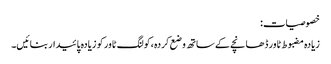
خصوصیات:
زیادہ مضبوط ٹاور ڈھانچے کے ساتھ وضع کردہ ،کولنگ ٹاور کو زیادہ پائیدار بنائیں۔